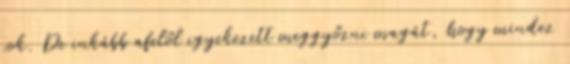
sok. De inkább afelől igyekezett meggyőzni magát, hogy mindez